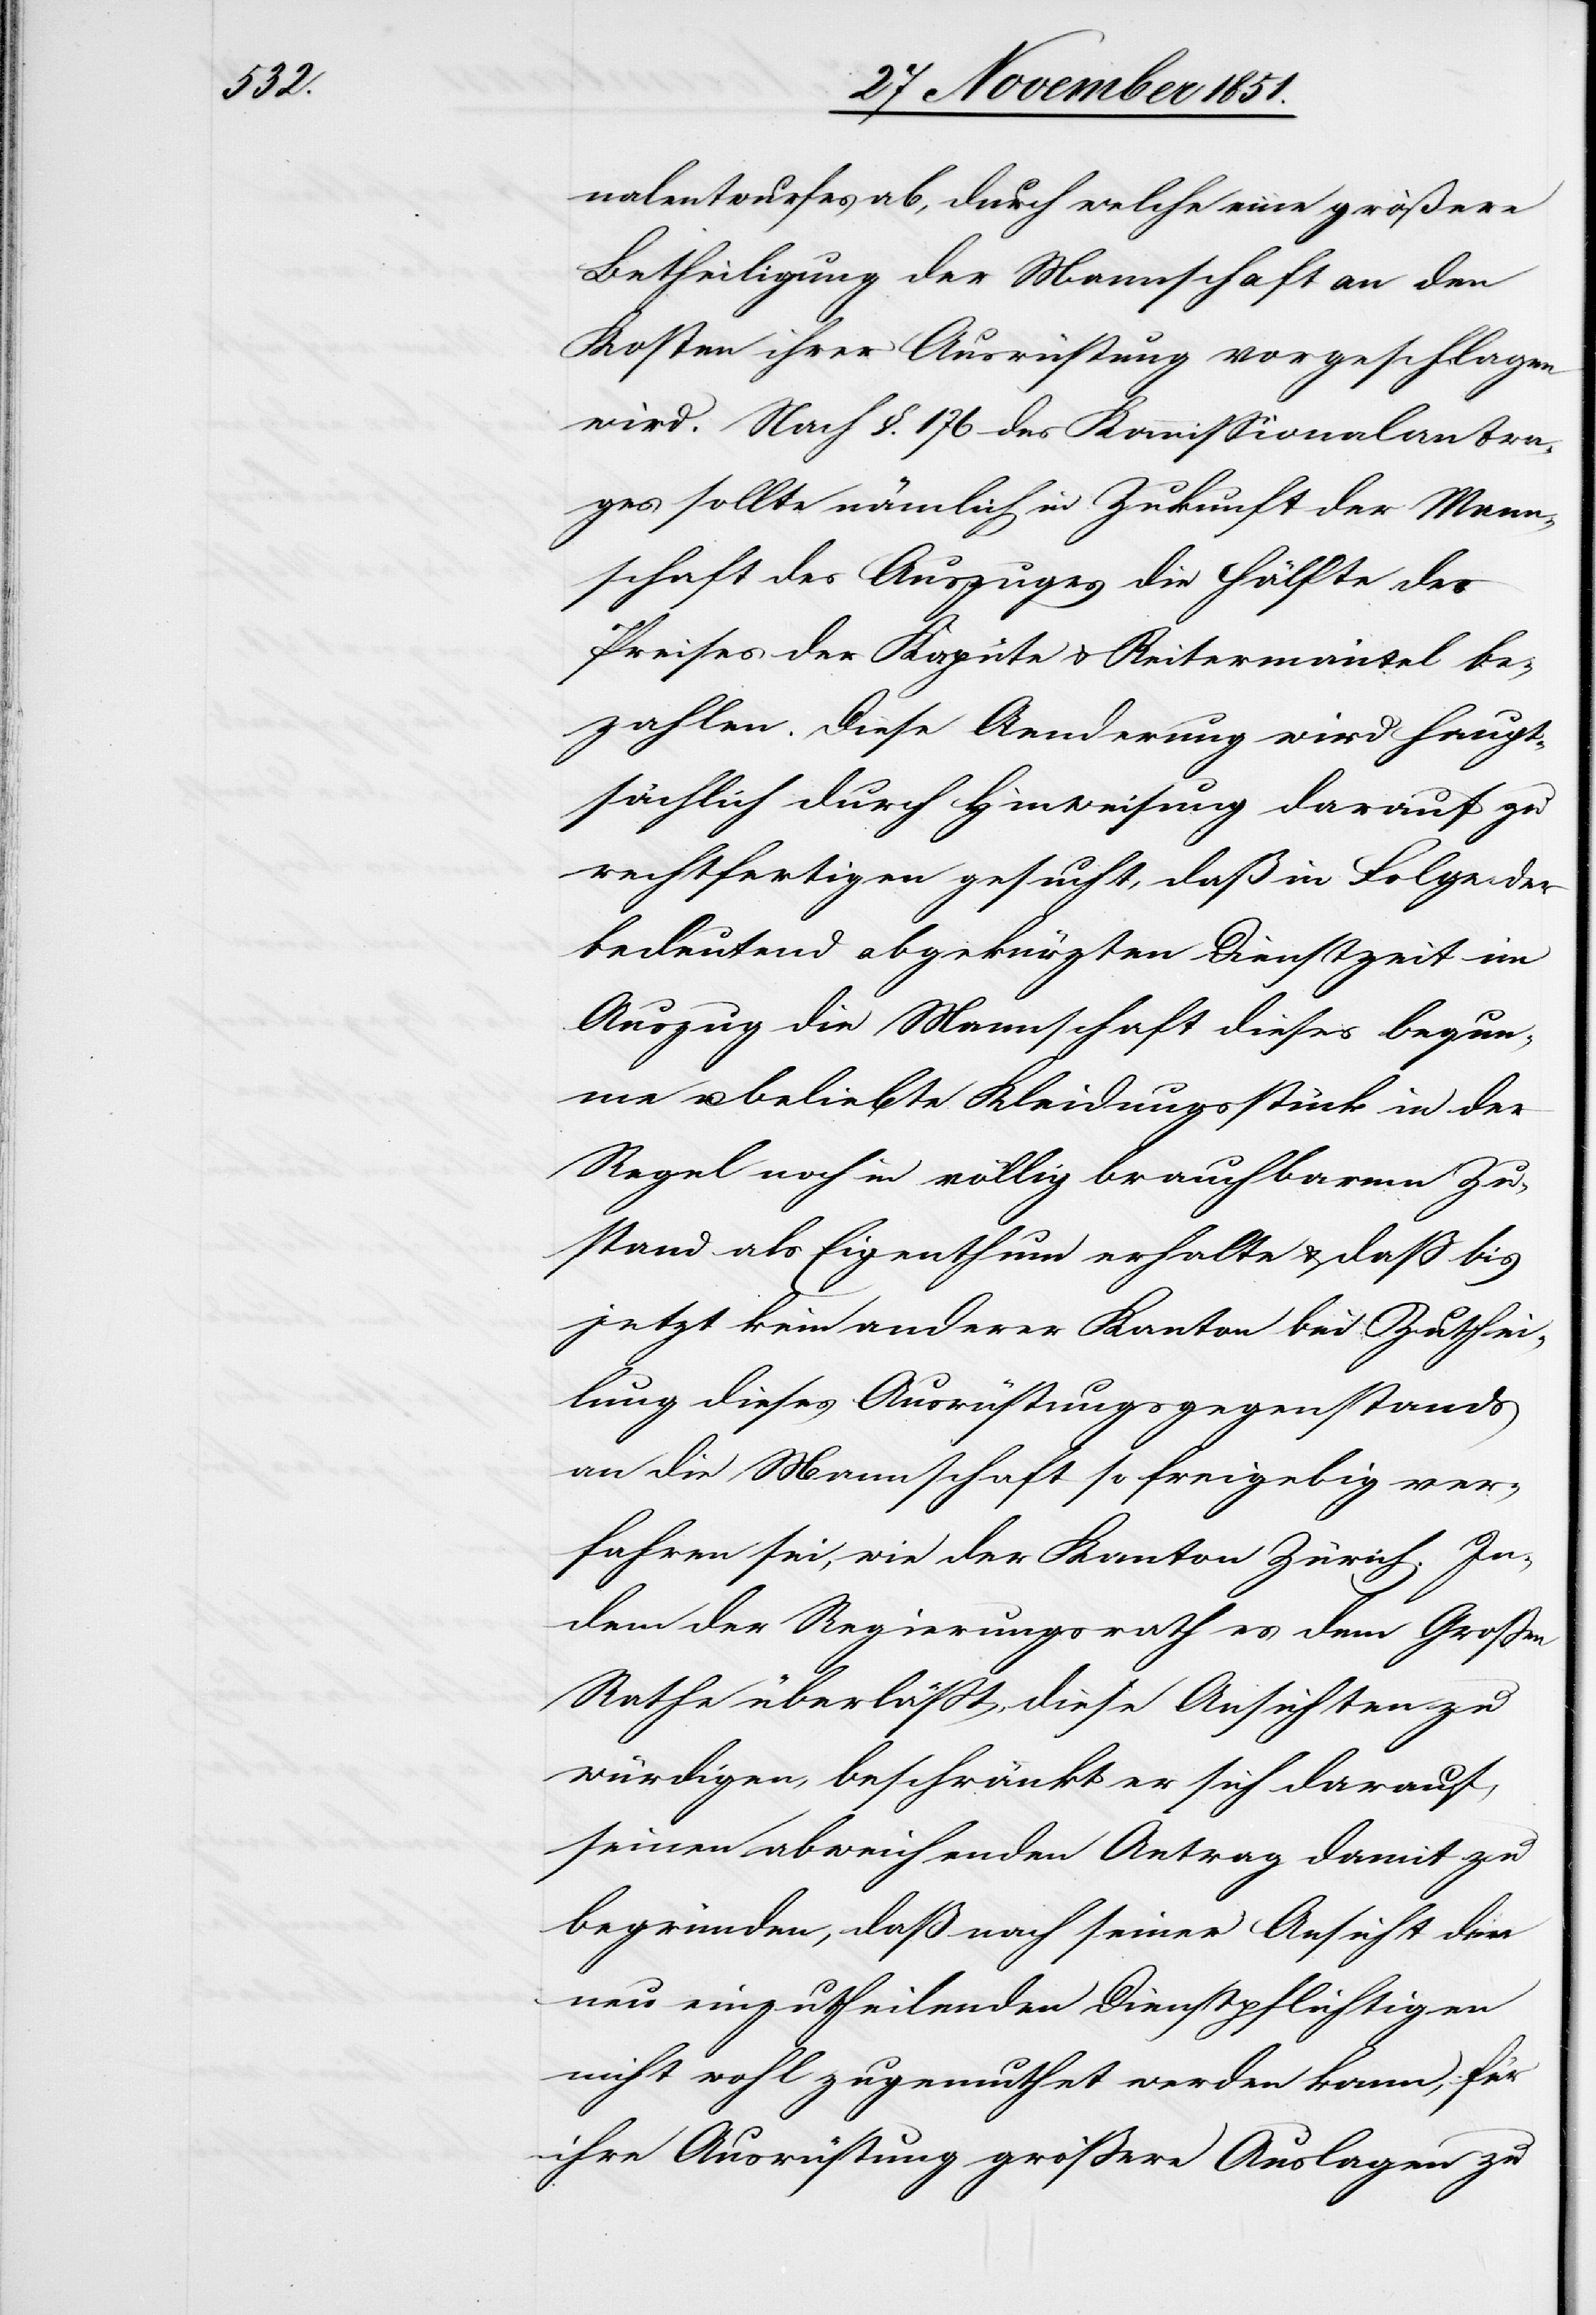
Mann¬

nalentwurfes ab, durch welche eine größere
Betheiligung der Mannschaft an den
Kosten ihrer Ausrüstung vorgeschlagen
wird. Nach §. 176 des Kommissionalantra¬
ges sollte nämlich in Zukunft der [re¬
schaft des Auszuges die Hälfte des
Preises der Kapüte & Reitermäntel be¬
zahlen. Diese Aenderung wird haupt¬
sächlich durch Hinweisung darauf zu
rechtfertigen gesucht, daß in Folge der
bedeutend abgekürzten Dienstzeit im
Auszug die Mannschaft dieses bequem¬
e u. beliebte Kleidungsstück in der
Regel noch in völlig brauchbarem Zu¬
stand als Eigenthum erhalte & daß bis
jetzt kein anderer Kanton bei Zuthei¬
lung dieses Ausrüstungsgegenstands
an die Mannschaft so freigebig ver¬
fahren sei, wie der Kanton Zürich. In¬
dem der Regierungsrath es dem Großen
Rathe überläßt, diese Ansichten zu
würdigen, beschränkt er sich darauf,
seinen abweichenden Antrag damit zu
begründen, daß nach seiner Ansicht den
neu einzutheilenden Dienstpflichtigen
nicht wohl zugemuthet werden kann, für
ihre Ausrüstung größere Auslagen zu